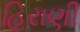
હિરાણી